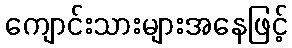
ကျောင်းသားများအနေဖြင့်